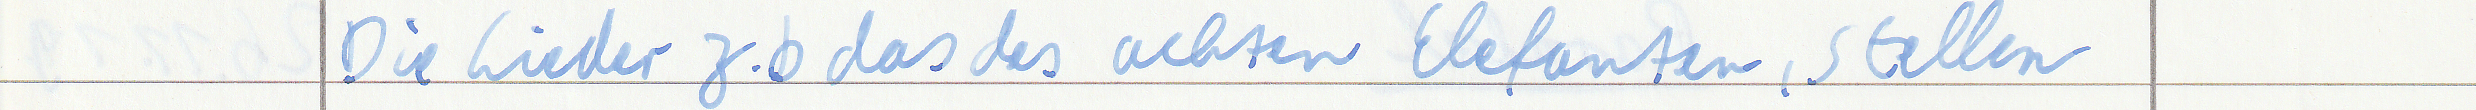
Die Lieder z.b das des achten Elefanten, stellen